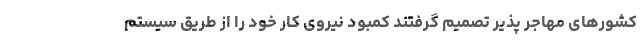
کشورهای مهاجر پذیر تصمیم گرفتند کمبود نیروی کار خود را از طریق سیستم